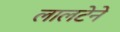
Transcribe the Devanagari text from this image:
लालटेने